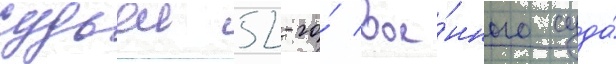
судьеи 52-го́ вое́нного суда́